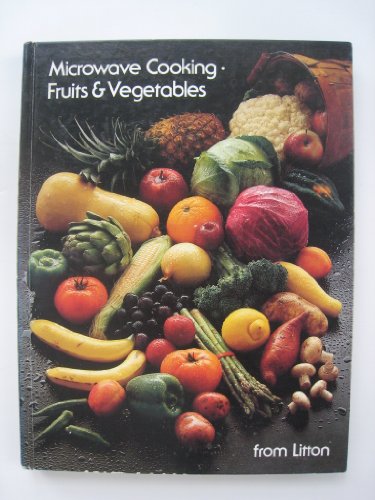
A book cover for Microwave Cooking Fruits and Vegetables; Litton; Cookbooks, Food & Wine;